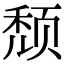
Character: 颓